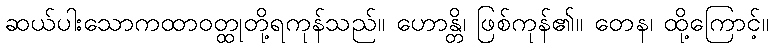
ဆယ်ပါးသောကထာဝတ္ထုတို့ရကုန်သည်။ ဟောန္တိ၊ ဖြစ်ကုန်၏။ တေန၊ ထို့ကြောင့်။